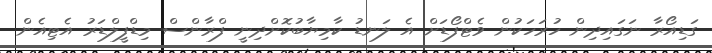
ގަޑިއޯރާ ނަގައިދިން ހުރަހަކުން ވެޓްފޯޑަށް އެ ލަނޑު ކާމިޔާބުކޮށްދިނީ ފްރާންސް މިޑްފީލްޑަރު އެޓިއެން